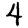
Digit: 4